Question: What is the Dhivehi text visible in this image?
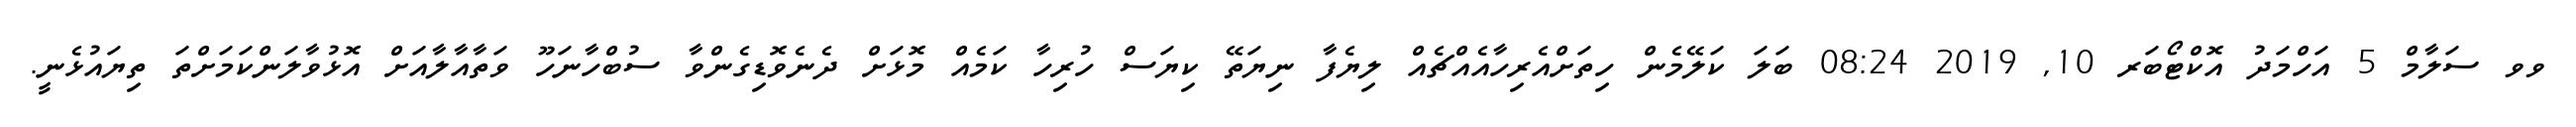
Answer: ވވ ސަލާމް 5 އަހްމަދު އޮކްޓޯބަރ 10, 2019 08:24 ބަލަ ކަލޭމެން ހިތަށްއެރިހާއެއްޗެއް ލިޔެފާ ނިޔަތޭ ކިޔަސް ހުރިހާ ކަމެއް މޮޅަށް ދެނެވޮޑިގެންވާ ސުބްހާނަހޫ ވަތާއާލާއަށް އޮޅުވާލަންކަމަށްތަ ތިޔައުޅެނީ.